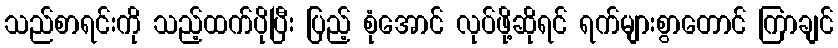
သည်စာရင်းကို သည့်ထက်ပိုပြီး ပြည့် စုံအောင် လုပ်ဖို့ဆိုရင် ရက်များစွာတောင် ကြာချင်